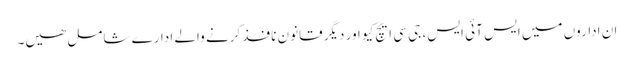
ان اداروں میں ایس آئی ایس، جی سی ایچ کیو اور دیگر قانون نافذ کرنے والے ادارے شامل ھیں۔